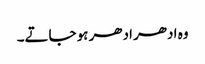
وہ ادھر ادھر ہو جاتے۔